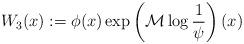
LaTeX: \begin{align*}W_{3}(x):=\phi(x)\exp\left(\mathcal{M}\log\frac{1}{\psi}\right)(x)\end{align*}